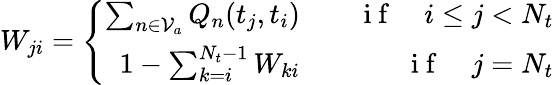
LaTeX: W_{ji}=\left\{ \begin{array}{rlr}{\sum_{n\in\mathcal{V}_{a}}Q_{n}(t_{j},t_{i})}&{{}}&{\mathrm{~i~f~}\quad i\leq j<N_{t}}\\ {1-\sum_{k=i}^{N_{t}-1}W_{ki}}&{{}}&{\mathrm{~i~f~}\quad j=N_{t}}\end{array}\right.